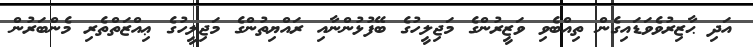
އަދި ޙާޒިރުވެވަޑައިގެން ތިއްބެވި ވަޒީރުންގެ މަޖިލީހުގެ ބޭފުޅުންނާއި ރައްޔިތުންގެ މަޖިލީހުގެ ޢިއްޒަތްތެރި މެންބަރުން